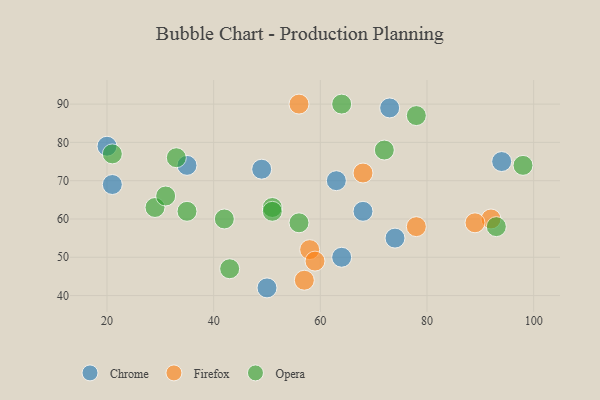
{"axis": {"x": "GDP", "y": "Life Expectancy"}, "legend": ["Chrome", "Firefox", "Opera"], "data": [{"x": "50", "y": 42, "type": "Chrome"}, {"x": "49", "y": 73, "type": "Chrome"}, {"x": "64", "y": 50, "type": "Chrome"}, {"x": "63", "y": 70, "type": "Chrome"}, {"x": "74", "y": 55, "type": "Chrome"}, {"x": "94", "y": 75, "type": "Chrome"}, {"x": "68", "y": 62, "type": "Chrome"}, {"x": "35", "y": 74, "type": "Chrome"}, {"x": "20", "y": 79, "type": "Chrome"}, {"x": "73", "y": 89, "type": "Chrome"}, {"x": "21", "y": 69, "type": "Chrome"}, {"x": "92", "y": 60, "type": "Firefox"}, {"x": "58", "y": 52, "type": "Firefox"}, {"x": "56", "y": 90, "type": "Firefox"}, {"x": "78", "y": 58, "type": "Firefox"}, {"x": "68", "y": 72, "type": "Firefox"}, {"x": "57", "y": 44, "type": "Firefox"}, {"x": "89", "y": 59, "type": "Firefox"}, {"x": "59", "y": 49, "type": "Firefox"}, {"x": "21", "y": 77, "type": "Opera"}, {"x": "42", "y": 60, "type": "Opera"}, {"x": "64", "y": 90, "type": "Opera"}, {"x": "56", "y": 59, "type": "Opera"}, {"x": "29", "y": 63, "type": "Opera"}, {"x": "35", "y": 62, "type": "Opera"}, {"x": "33", "y": 76, "type": "Opera"}, {"x": "51", "y": 63, "type": "Opera"}, {"x": "51", "y": 62, "type": "Opera"}, {"x": "43", "y": 47, "type": "Opera"}, {"x": "78", "y": 87, "type": "Opera"}, {"x": "93", "y": 58, "type": "Opera"}, {"x": "72", "y": 78, "type": "Opera"}, {"x": "31", "y": 66, "type": "Opera"}, {"x": "98", "y": 74, "type": "Opera"}]}